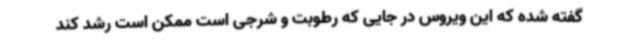
گفته شده که این ویروس در جایی که رطوبت و شرجی است ممکن است رشد کند